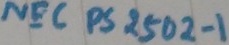
Text: NEC PS 2502